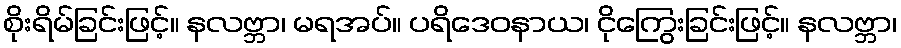
စိုးရိမ်ခြင်းဖြင့်။ နလဗ္ဘာ၊ မရအပ်။ ပရိဒေဝနာယ၊ ငိုကြွေးခြင်းဖြင့်။ နလဗ္ဘာ၊